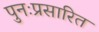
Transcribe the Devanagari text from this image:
पुनःप्रसारित